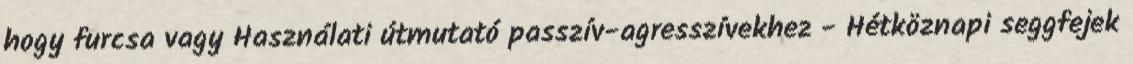
hogy furcsa vagy Használati útmutató passzív-agresszívekhez - Hétköznapi seggfejek